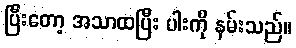
ပြီးတော့ အသာထပြီး ပါးကို နမ်းသည်။